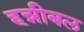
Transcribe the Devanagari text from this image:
हन्नीबल